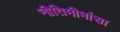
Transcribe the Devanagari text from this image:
नीतिमीमांसा